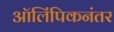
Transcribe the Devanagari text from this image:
ऑलिंपिकनंतर